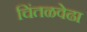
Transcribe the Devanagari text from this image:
चिंतळवेढा